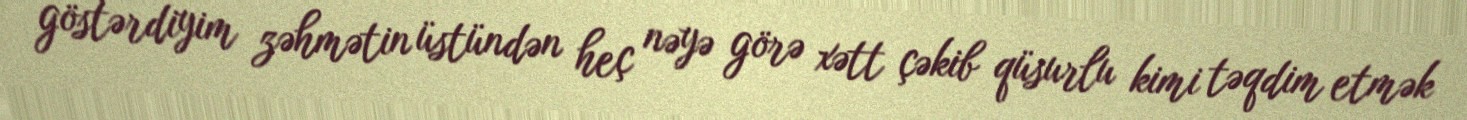
göstərdiyim zəhmətin üstündən heç nəyə görə xətt çəkib qüsurlu kimi təqdim etmək